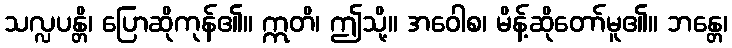
သလ္လပန္တိ၊ ပြောဆိုကုန်၏။ ဣတိ၊ ဤသို့။ အဝေါစ၊ မိန့်ဆိုတော်မူ၏။ ဘန္တေ၊